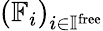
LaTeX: \left(\mathbb{F}_{i}\right)_{i\in\mathbb{I}^{\mathrm{free}}}